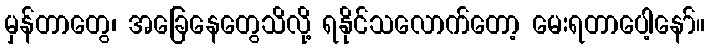
မှန်တာတွေ၊ အခြေနေတွေသိလို့ ရနိုင်သလောက်တော့ မေးရတာပေါ့နော်။